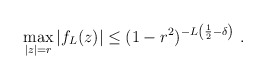
\begin{align*}\max_{|z|=r}|f_L(z)|\leq (1-r^2)^{-L\left(\frac{1}{2}-\delta\right)}\ .\end{align*}